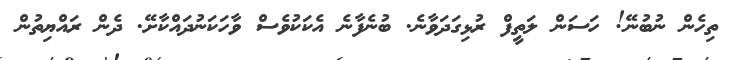
ތިހެން ނުބުނޭ! ހަސަން ލަތީފް ރުޅިގަދަވާނެ. ބުނެފާނެ އެކަކުވެސް ވާހަކަނުދައްކާށޭ. ދެން ރައްޔިތުން